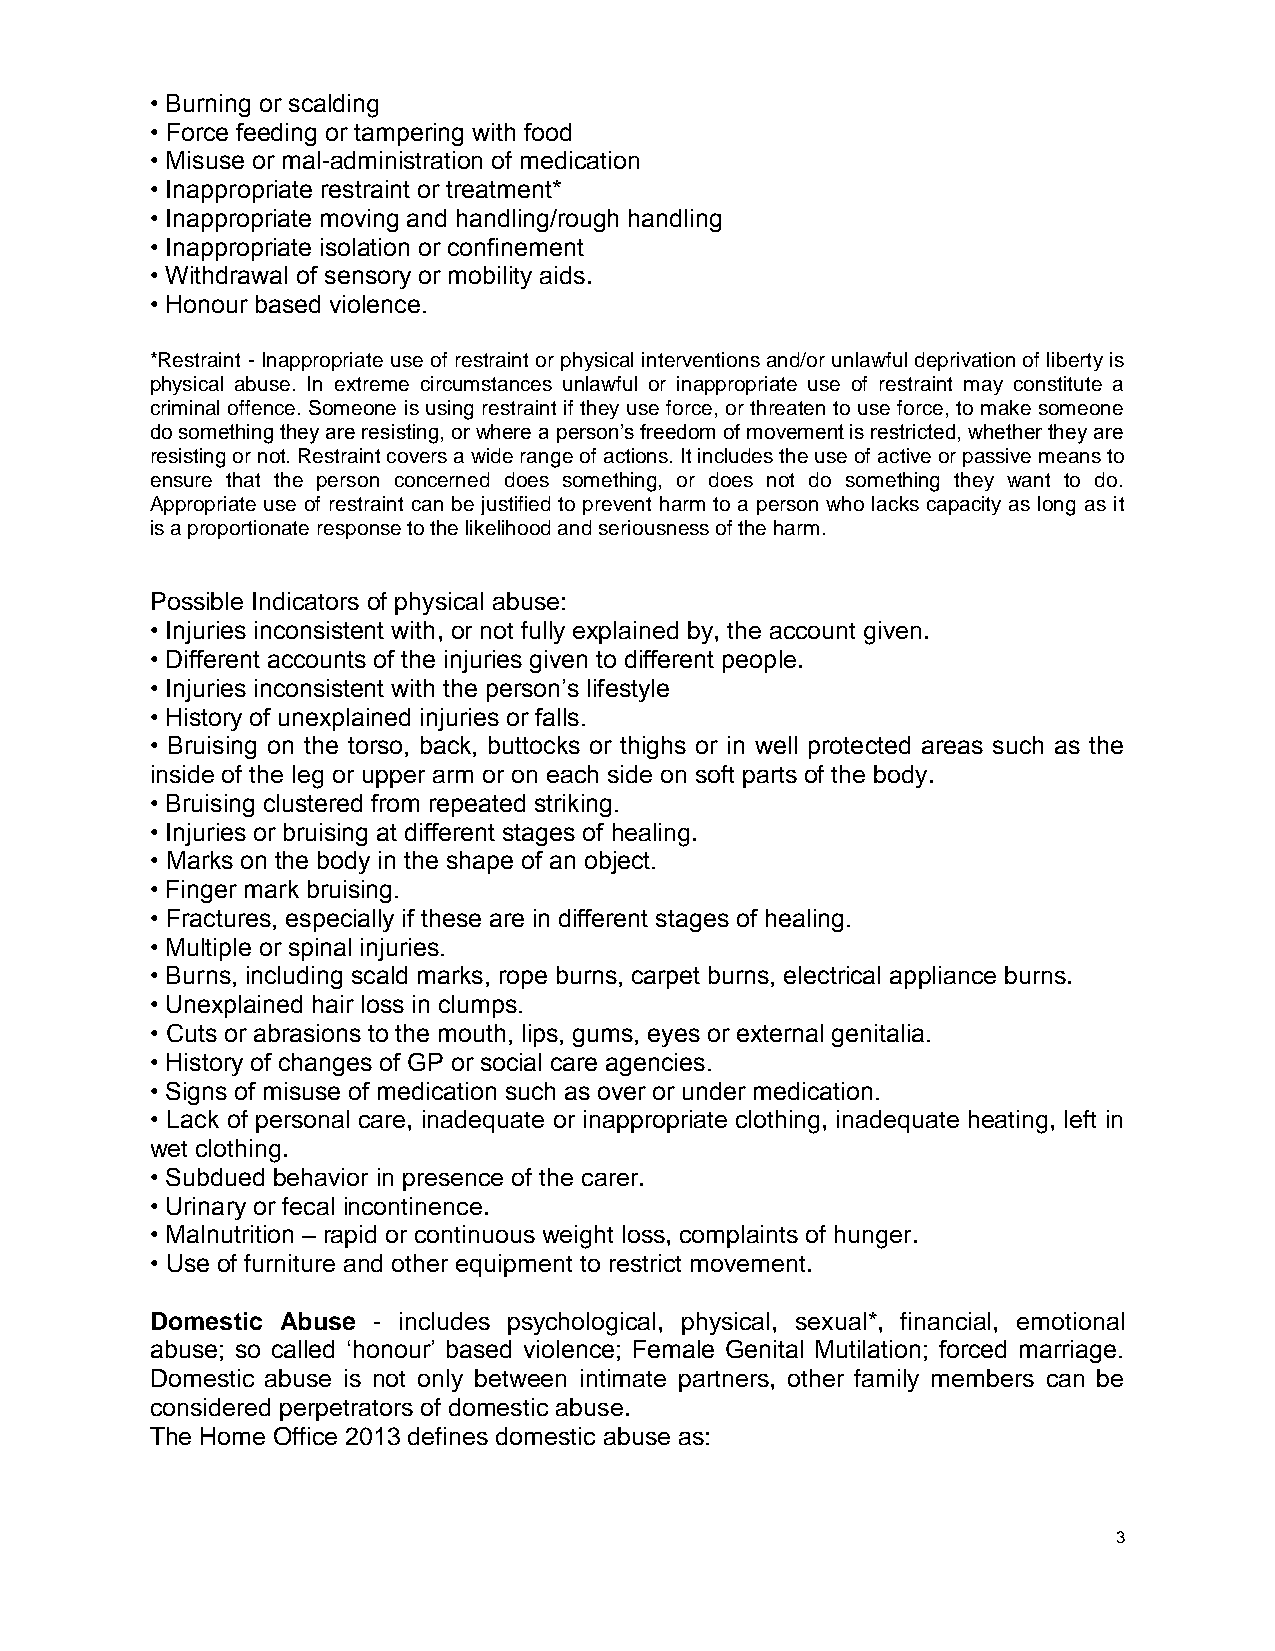
• Burning or scalding
 • Force feeding or tampering with food
 • Misuse or mal-administration of medication
 • Inappropriate restraint or treatment*
 • Inappropriate moving and handling/rough handling
 • Inappropriate isolation or confinement
 • Withdrawal of sensory or mobility aids.
 • Honour based violence.
 *Restraint - Inappropriate use of restraint or physical interventions and/or unlawful deprivation of liberty is
 physical abuse. In extreme circumstances unlawful or inappropriate use of restraint may constitute a
 criminal offence. Someone is using restraint if they use force, or threaten to use force, to make someone
 do something they are resisting, or where a person’s freedom of movement is restricted, whether they are
 resisting or not. Restraint covers a wide range of actions. It includes the use of active or passive means to
 ensure that the person concerned does something, or does not do something they want to do.
 Appropriate use of restraint can be justified to prevent harm to a person who lacks capacity as long as it
 is a proportionate response to the likelihood and seriousness of the harm.
 Possible Indicators of physical abuse:
 • Injuries inconsistent with, or not fully explained by, the account given.
 • Different accounts of the injuries given to different people.
 • Injuries inconsistent with the person’s lifestyle
 • History of unexplained injuries or falls.
 • Bruising on the torso, back, buttocks or thighs or in well protected areas such as the
 inside of the leg or upper arm or on each side on soft parts of the body.
 • Bruising clustered from repeated striking.
 • Injuries or bruising at different stages of healing.
 • Marks on the body in the shape of an object.
 • Finger mark bruising.
 • Fractures, especially if these are in different stages of healing.
 • Multiple or spinal injuries.
 • Burns, including scald marks, rope burns, carpet burns, electrical appliance burns.
 • Unexplained hair loss in clumps.
 • Cuts or abrasions to the mouth, lips, gums, eyes or external genitalia.
 • History of changes of GP or social care agencies.
 • Signs of misuse of medication such as over or under medication.
 • Lack of personal care, inadequate or inappropriate clothing, inadequate heating, left in
 wet clothing.
 • Subdued behavior in presence of the carer.
 • Urinary or fecal incontinence.
 • Malnutrition – rapid or continuous weight loss, complaints of hunger.
 • Use of furniture and other equipment to restrict movement.
 Domestic Abuse - includes psychological, physical, sexual*, financial, emotional
 abuse; so called ‘honour’ based violence; Female Genital Mutilation; forced marriage.
 Domestic abuse is not only between intimate partners, other family members can be
 considered perpetrators of domestic abuse.
 The Home Office 2013 defines domestic abuse as:
 3